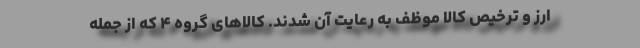
ارز و ترخیص کالا موظف به رعایت آن شدند. کالاهای گروه ۴ که از جمله